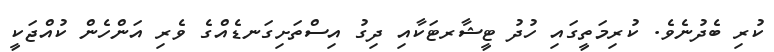
ކުރި ބެދުނެވެ. ކުރިމަތީގައި ހުދު ޓީޝާރޓަކާއި ދިގު އިސްތަށިގަނޑެއްގެ ވެރި އަންހެން ކުއްޖަކީ